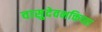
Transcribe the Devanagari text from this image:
वासुदेवभक्तिच्या